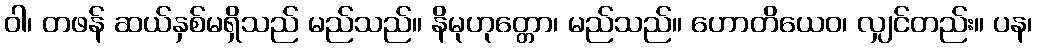
ဝါ၊ တဖန် ဆယ်နှစ်မရှိသည် မည်သည်။ နိမုဟုတ္တော၊ မည်သည်။ ဟောတိယေဝ၊ လျှင်တည်း။ ပန၊